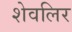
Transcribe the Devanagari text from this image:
शेवलिर